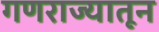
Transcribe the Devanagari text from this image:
गणराज्यातून